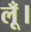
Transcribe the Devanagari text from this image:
लूँ।